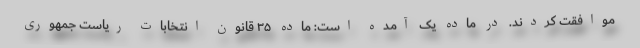
موافقت کردند. در ماده یک آمده است: ماده ۳۵ قانون انتخابات ریاست جمهوری